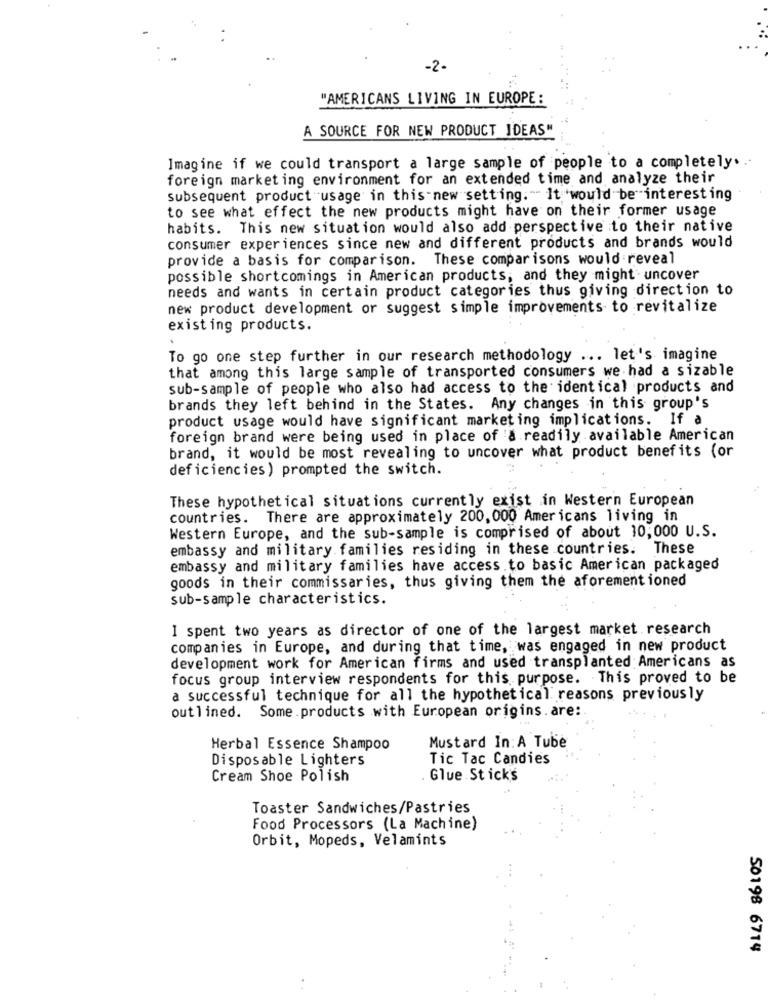
-2-
"AMERICANS LIVING IN EUROPE :
A SOURCE FOR NEW PRODUCT IDEAS"
Imagine if we could transport a large sample of people to a completely ...
foreign marketing environment for an extended time and analyze their
subsequent product usage in this-new setting. " It would be interesting
to see what effect the new products might have on their former usage
habits. This new situation would also add perspective to their native
consumer experiences since new and different products and brands would
provide a basis for comparison. These comparisons would reveal
possible shortcomings in American products, and they might uncover
needs and wants in certain product categories thus giving direction to
new product development or suggest simple improvements to revitalize
existing products.
To go one step further in our research methodology ... let's imagine
that among this large sample of transported consumers we had a sizable
sub-sample of people who also had access to the identical products and
brands they left behind in the States. Any changes in this group's
product usage would have significant marketing implications. If a
foreign brand were being used in place of a readily available American
brand, it would be most revealing to uncover what product benefits (or
deficiencies ) prompted the switch.
These hypothetical situations currently exist in Western European
countries. There are approximately 200, 000 Americans living in
Western Europe, and the sub-sample is comprised of about 10,000 U.S.
embassy and military families residing in these countries. These
embassy and military families have access to basic American packaged
goods in their commissaries, thus giving them the aforementioned
sub-sample characteristics.
I spent two years as director of one of the largest market research
companies in Europe, and during that time, was engaged in new product
development work for American firms and used transplanted Americans as
focus group interview respondents for this purpose. This proved to be
a successful technique for all the hypothetical reasons previously
outlined. Some.products with European origins. are:
Herbal Essence Shampoo
Mustard In:A Tube
Disposable Lighters
Tic Tac Candies
Cream Shoe Polish
Glue Stick's
Toaster Sandwiches/Pastries
Food Processors (La Machine)
Orbit, Mopeds, Velamints
50198 6714